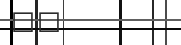
٣٤